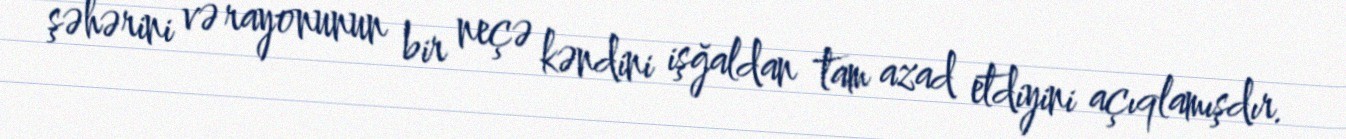
şəhərini və rayonunun bir neçə kəndini işğaldan tam azad etdiyini açıqlamışdır.